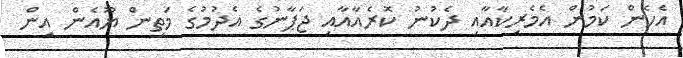
އެހެން ކަމުން އެމެރިކާއާއި ދެކުނު ކޮރެއާއާއި ޖަޕާނުގެ އެދުމުގެ މަތިން ޔޫއެން އިން